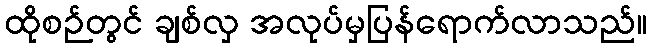
ထိုစဉ်တွင် ချစ်လှ အလုပ်မှပြန်ရောက်လာသည်။